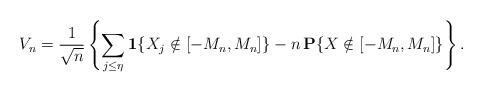
\begin{align*}V_{n}=\frac{1}{\sqrt{n}}\left\{ \sum_{j\leq \eta }{\bf 1}\{X_{j}\notin\left[ -M_{n},M_{n}\right] \}-n{\bf \,P}\{X\notin \left[ -M_{n},M_{n}\right]\}\right\} . \end{align*}